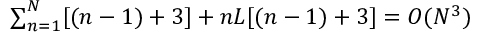
\begin{array} { r } { \sum _ { n = 1 } ^ { N } [ ( n - 1 ) + 3 ] + n L [ ( n - 1 ) + 3 ] = O ( N ^ { 3 } ) } \end{array}